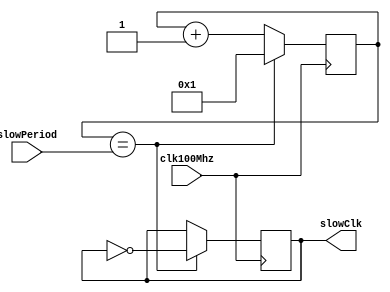
module complexDivider(clk100Mhz, slowClk, slowPeriod);

input clk100Mhz; //fast clock
input [31:0] slowPeriod; 
output reg slowClk; //slow clock

reg[27:0] counter;

initial begin
  counter = 0;
  slowClk = 0;
end

always @ (posedge clk100Mhz)
begin
  if(counter == slowPeriod) begin
    counter <= 1;
    slowClk <= ~slowClk;
  end
  else begin
    counter <= counter + 1;
  end
end

endmodule